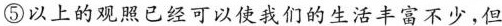
⑤以上的观照已经可以使我们的生活丰富不少，但